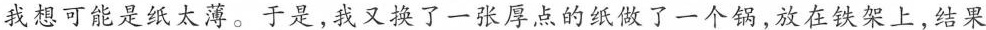
我想可能是纸太薄。于是，我又换了一张厚点的纸做了一个锅，放在铁架上，结果